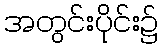
အတွင်းပိုင်း၌